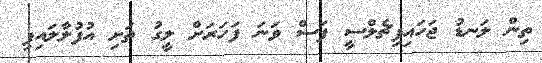
ތިން ލަނޑު ޖަހައިފިޗެލްސީ ފަސް ވަނަ ފަހަރަށް ލީގު ތަށި އުފުލާލައިފި